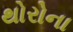
થોરોના